Annual report of the Imperial Bacteriological Laboratory, Muktesar
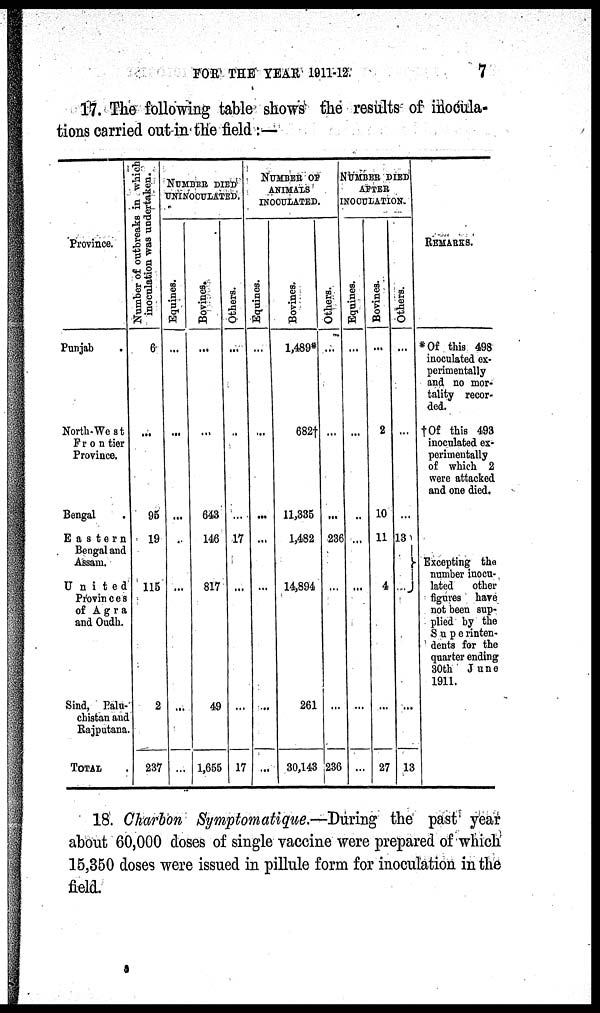
FOR THE YEAR 1911-12.
7
17. The following table shows the results of inocula-
tions carried out in the field :—
Province.
Punjab
North-West
Frontier
Province.
Bengal
Eastern
Bengal and
Assam.
United
Provinces
of Agra
and Oudh.
Sind, Balu¬
chistan and
Rajputana.
TOTAL.
Number of outbreaks in which
inoculation was undertaken.
6
...
95
19
115
2
237
NUMBER DIED
UNINOCULATED.
Equines,
...
...
...
...
...
...
...
Bovines.
...
...
643
146
817
49
1,655
Others.
...
..
...
17
...
...
17
NUMBER OF
ANIMALS
INOCULATED.
Equines.
...
...
...
...
...
...
...
Bovines.
1,489*
682†
11,335
1,482
14,894
261
30,143
Others.
...
...
...
236
...
...
236
NUMBER DIED
AFTER
INOCULATION.
Equines.
...
...
...
...
...
...
Bovines.
...
2
10
11
4
...
27
Others.
...
...
...
13
...
13
REMARKS.
*Of this 498
inoculated ex-
perimentally
and no mor-
tality recor-
ded.
†Of this 493
inoculated ex-
perimentally
of which 2
were attacked
and one died.
} Excepting the
number inocu-
lated
other
figures have
not been sup-
plied by the
Superinten¬
dents for the
quarter ending
30th June
1911.
18. Charbon Symptomatique.—During the past year
about 60,000 doses of single vaccine were prepared of which
15,350 doses were issued in pillule form for inoculation in the
field.